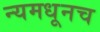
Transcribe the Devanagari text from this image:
न्यमधूनच